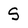
Character: S